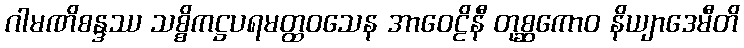
ဂါမဏိစန္ဒဿ သစ္စိကဋ္ဌပရမတ္ထဝသေန အာဝေဠိနီ တုစ္ဆကောဝ နိယျာဒေမီတိ